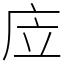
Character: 㡴